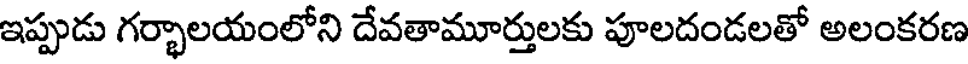
ఇప్పుడు గర్భాలయంలోని దేవతామూర్తులకు పూలదండలతో అలంకరణ